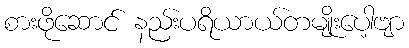
စားဖိုဆောင် နည်းပရိယာယ်တမျိုးပေါ့ဗျာ